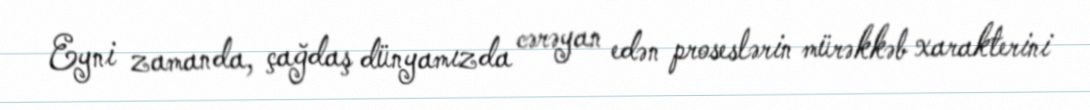
Eyni zamanda, çağdaş dünyamızda cərəyan edən proseslərin mürəkkəb xarakterini